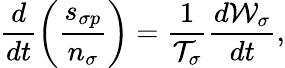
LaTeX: \frac{d}{dt}\left(\frac{s_{\sigma p}}{n_{\sigma}}\right)=\frac{1}{{\cal T}_{\sigma}}\frac{d{\cal W}_{\sigma}}{dt},